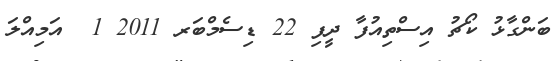
ބަންގާޅު ކޯޗު އިސްތިއުފާ ދީފި 22 ޑިސެމްބަރ 2011 1  އަމިއްލަ